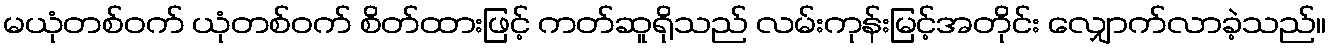
မယုံတစ်ဝက် ယုံတစ်ဝက် စိတ်ထားဖြင့် ကတ်ဆူရိုသည် လမ်းကုန်းမြင့်အတိုင်း လျှောက်လာခဲ့သည်။